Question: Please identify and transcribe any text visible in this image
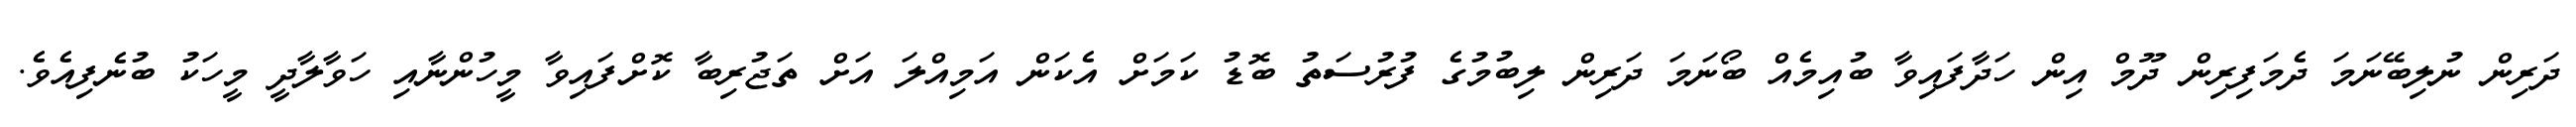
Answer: ދަރިން ނުލިބޭނަމަ ދެމަފިރިން ދޫމް އިން ހަދާފައިވާ ބުއިމެއް ބޯނަމަ ދަރިން ލިބުމުގެ ފުރުސަތު ބޮޑު ކަމަށް އެކަން އަމިއްލަ އަށް ތަޖުރިބާ ކޮށްފައިވާ މީހުންނާއި ހަވާލާދީ މީހަކު ބުނެފިއެވެ.